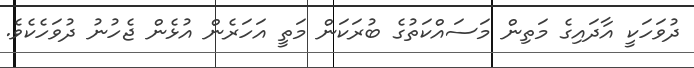
ދުވަހަކީ އާދައިގެ މަތިން މަސައްކަތުގެ ބުރަކަން މަތީ އަހަރެން އުޅެން ޖެހުނު ދުވަހެކެވެ.